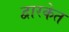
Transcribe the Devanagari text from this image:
द्वारकेत